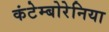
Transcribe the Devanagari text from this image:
कंटेम्बोरेनिया